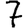
Digit: 7